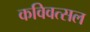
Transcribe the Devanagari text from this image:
कविवत्सल